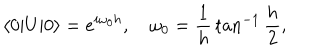
\langle 0 | U | 0 \rangle = e ^ { i \omega _ { 0 } h } , \quad \omega _ { 0 } = { \frac { 1 } { h } } \tan ^ { - 1 } { \frac { h } { 2 } } ,